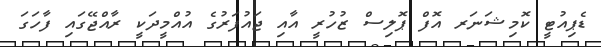
ޑެޕިއުޓީ ކޮމިޝަނަރ އޮފް ޕޮލިސް ޒުހުރީ އާއި ޖައުފަރުގެ އުއްމީދަކީ ރާއްޖޭގައި ފާހަގަ